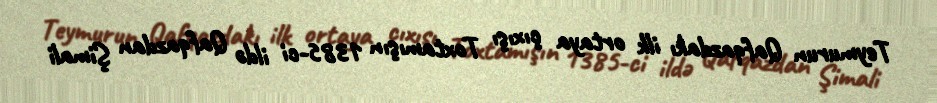
Teymurun Qafqazdakı ilk ortaya çıxışı Toxtamışın 1385-ci ildə Qafqazdan Şimali